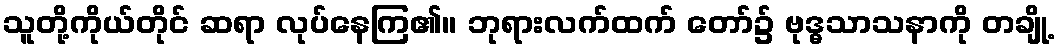
သူတို့ကိုယ်တိုင် ဆရာ လုပ်နေကြ၏။ ဘုရားလက်ထက် တော်၌ ဗုဒ္ဓသာသနာကို တချို့